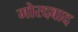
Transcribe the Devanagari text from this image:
मोरदबाद